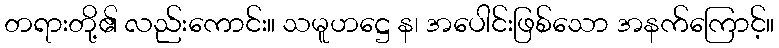
တရားတို့၏ လည်းကောင်း။ သမူဟဋ္ဌေ န၊ အပေါင်းဖြစ်သော အနက်ကြောင့်။